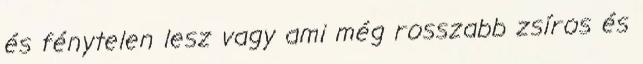
és fénytelen lesz vagy ami még rosszabb zsíros és